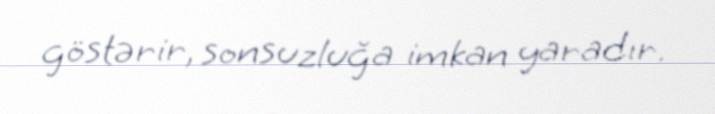
göstərir, sonsuzluğa imkan yaradır.